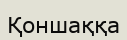
Қоншаққа